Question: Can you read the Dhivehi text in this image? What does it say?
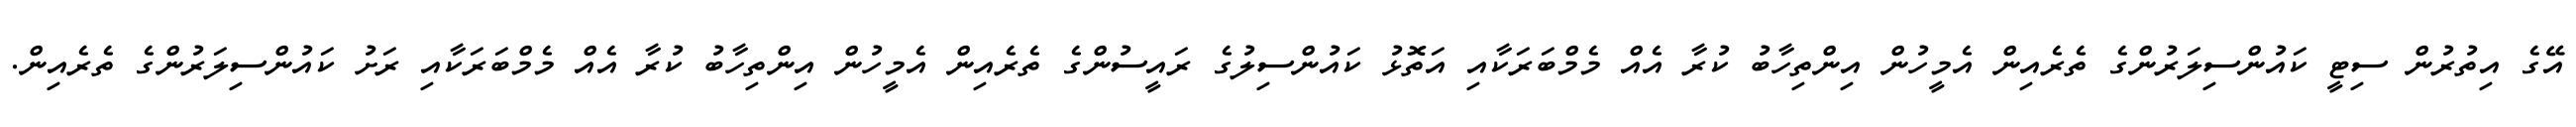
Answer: އޭގެ އިތުރުން ސިޓީ ކައުންސިލަރުންގެ ތެރެއިން އެމީހުން އިންތިހާބު ކުރާ އެއް މެމްބަރަކާއި އަތޮޅު ކައުންސިލުގެ ރައީސުންގެ ތެރެއިން އެމީހުން އިންތިހާބު ކުރާ އެއް މެމްބަރަކާއި ރަށު ކައުންސިލަރުންގެ ތެރެއިން.